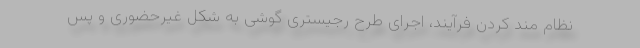
نظام مند کردن فرآیند، اجرای طرح رجیستری گوشی به شکل غیرحضوری و پس